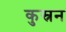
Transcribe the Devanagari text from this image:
कुस्रन